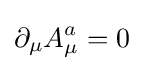
\partial _{\mu }A_{\mu }^{a}=0